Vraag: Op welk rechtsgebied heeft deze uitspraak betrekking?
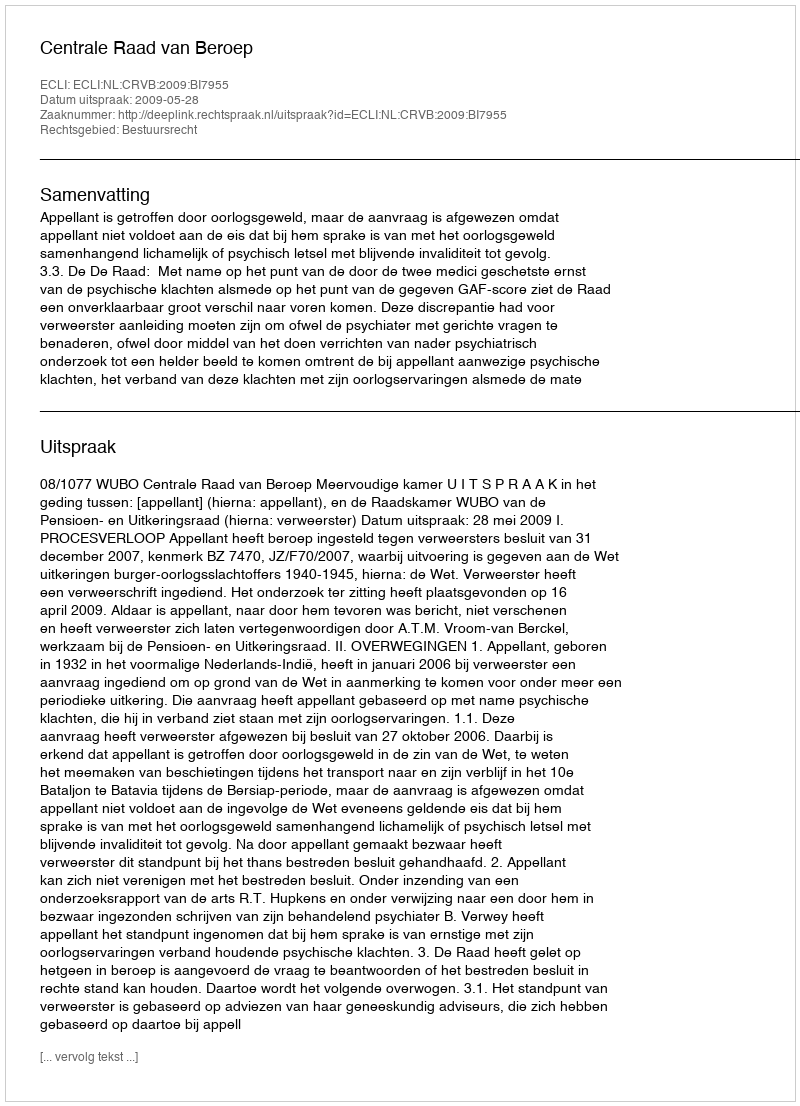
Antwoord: Bestuursrecht